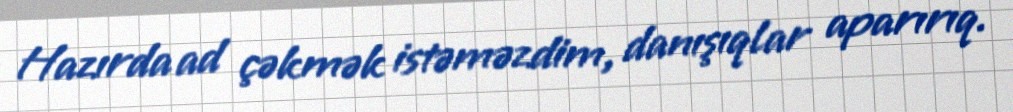
Hazırda ad çəkmək istəməzdim, danışıqlar aparırıq.